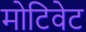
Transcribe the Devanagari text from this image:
मोटिवेट